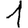
Digit: 1